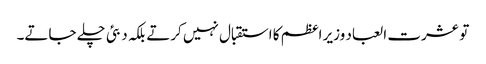
تو عشرت العباد وزیر اعظم کا استقبال نہیں کرتے بلکہ دبئی چلے جاتے۔